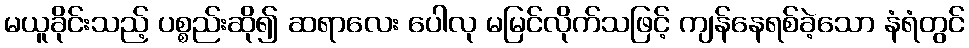
မယူခိုင်းသည့် ပစ္စည်းဆို၍ ဆရာလေး ပေါလု မမြင်လိုက်သဖြင့် ကျန်နေရစ်ခဲ့သော နံရံတွင်